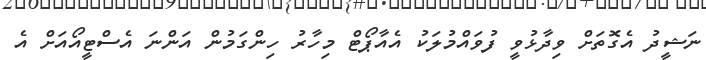
ނަޝީދު އެގޮތަށް ވިދާޅުވީ ފުވައްމުލަކު އެއާޕޯޓް މިހާރު ހިންގަމުން އަންނަ އެސްޓީއޯއަށް އެ